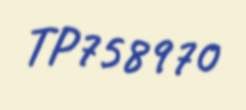
TP758970